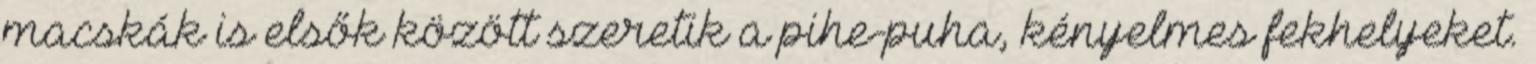
macskák is elsők között szeretik a pihe-puha, kényelmes fekhelyeket.